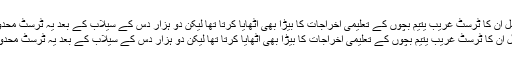
پہلے پہل ان کا ٹرسٹ غریب یتیم بچوں کے تعلیمی اخراجات کا بیڑا بھی اٹھایا کرتا تھا لیکن دو ہزار دس کے سیلاب کے بعد یہ ٹرسٹ محدود ہوگیا
پہلے پہل ان کا ٹرسٹ غریب یتیم بچوں کے تعلیمی اخراجات کا بیڑا بھی اٹھایا کرتا تھا لیکن دو ہزار دس کے سیلاب کے بعد یہ ٹرسٹ محدود ہوگیا۔